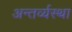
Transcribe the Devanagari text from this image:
अन्तर्व्यस्था